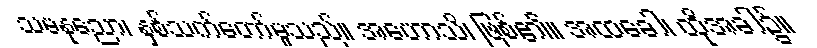
သမနုညော၊ နှစ်သက်တော်မူသည်။ အဟောသိ၊ ဖြစ်၏။ အထခေါ၊ ထိုအခါ၌။